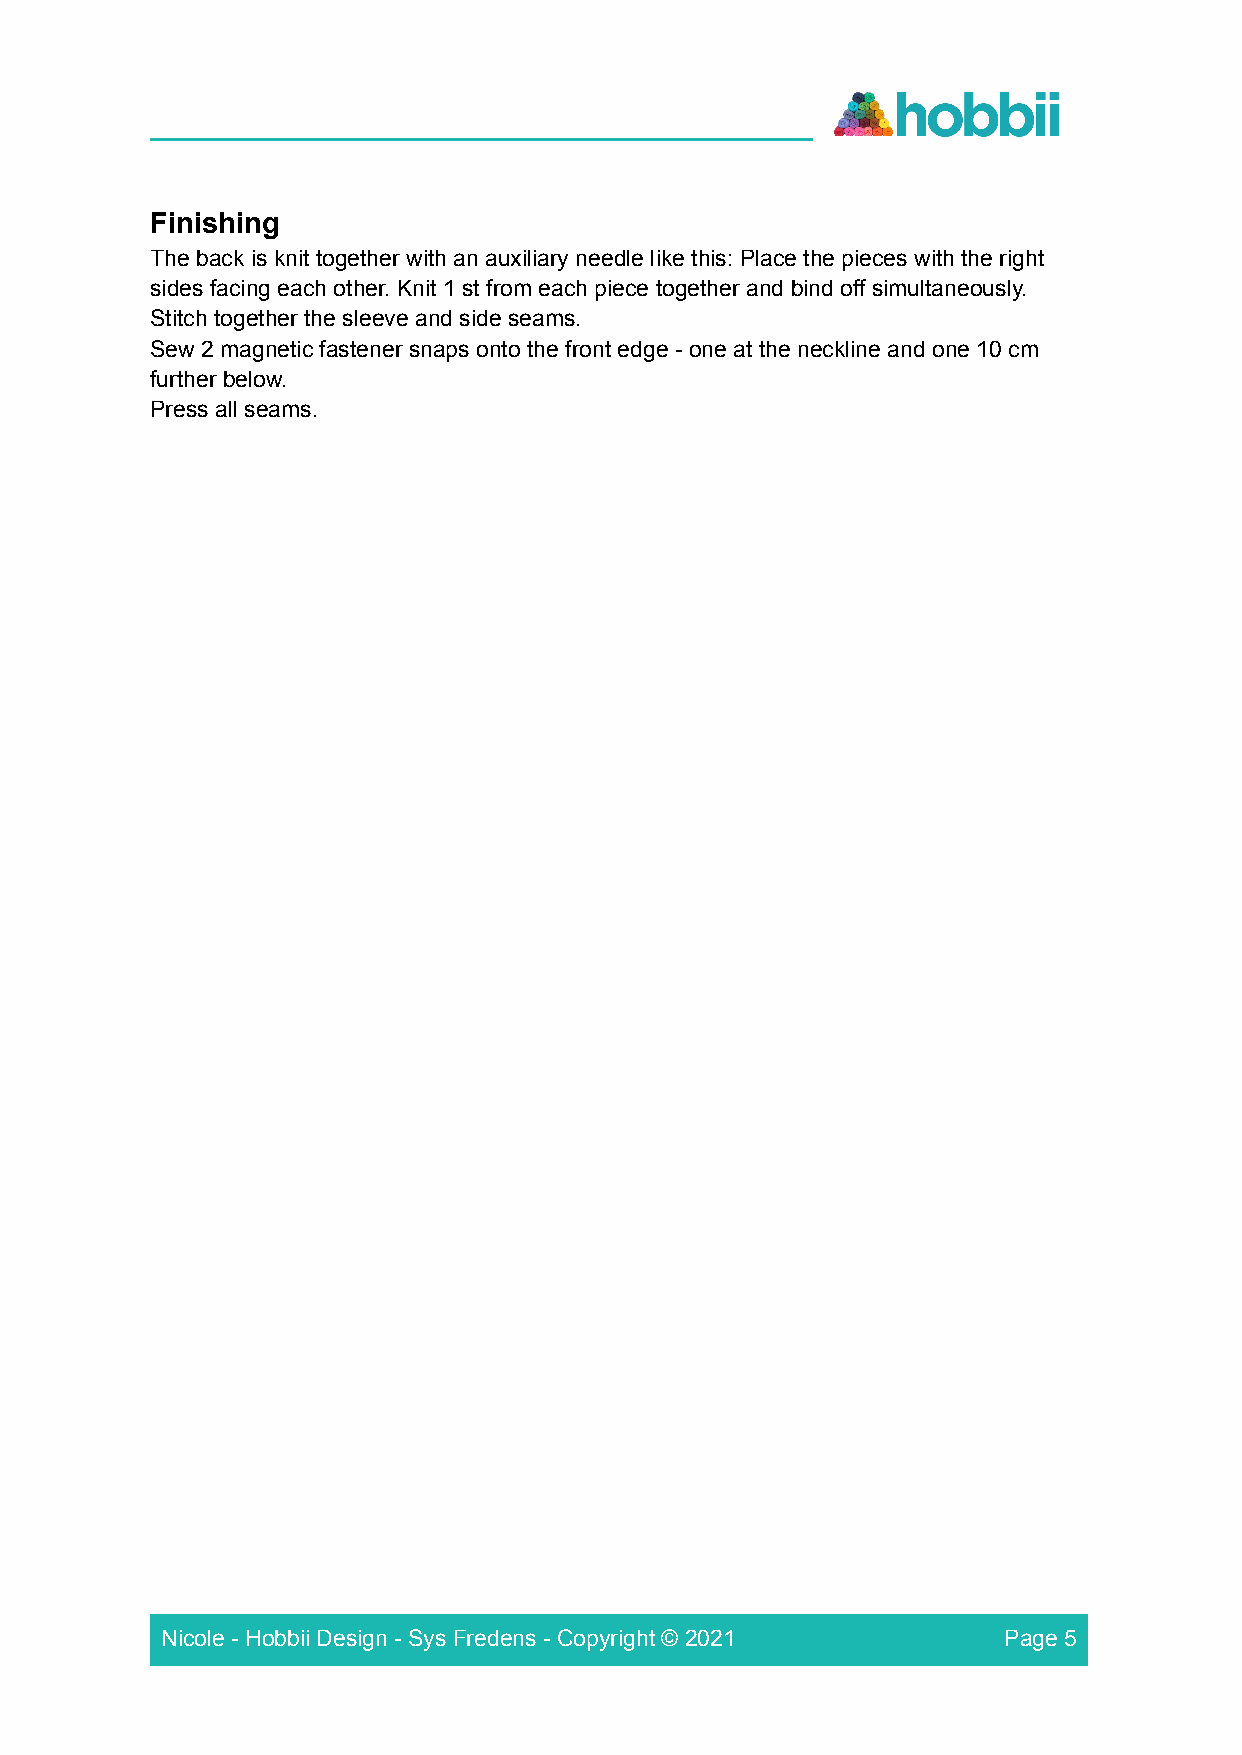
____________________________________________________
 Finishing
 The back is knit together with an auxiliary needle like this: Place the pieces with the right
 sides facing each other. Knit 1 st from each piece together and bind off simultaneously.
 Stitch together the sleeve and side seams.
 Sew 2 magnetic fastener snaps onto the front edge - one at the neckline and one 10 cm
 further below.
 Press all seams.
 Nicole - Hobbii Design - Sys Fredens - Copyright © 2021 Page 5